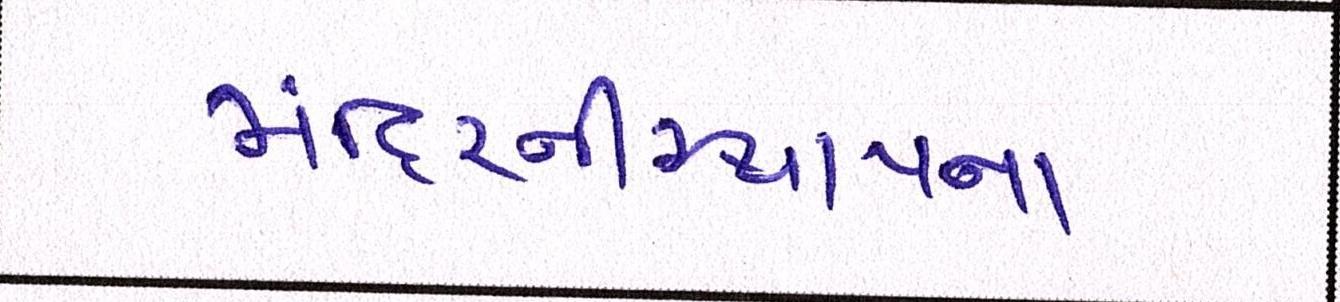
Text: મંદિરનીસ્થાપના